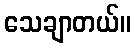
သေချာတယ်။